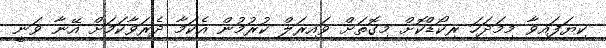
ކިޔަފައިވާ މިމަދަހަ ރިކޯޑްކޮށް މިގޮތަށް ވައިރަލް ކުރުމުން އެކަމާ ދެރަވާކަމަށް އޭނާ ވަނީ